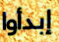
إبدأوا